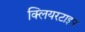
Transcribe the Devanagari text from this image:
क्लियरटाइप